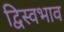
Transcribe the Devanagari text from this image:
द्विस्‍वभाव